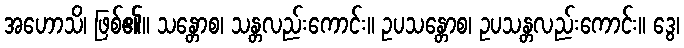
အဟောသိ၊ ဖြစ်၏။ သန္တောစ၊ သန္တလည်းကောင်း။ ဥပသန္တောစ၊ ဥပသန္တလည်းကောင်း။ ဒွေ၊